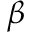
\beta